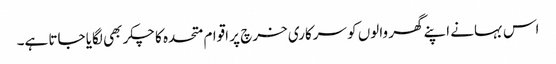
اس بہانے اپنے گھر والوں کو سرکاری خرچ پر اقوام متحدہ کا چکر بھی لگایا جاتا ہے۔